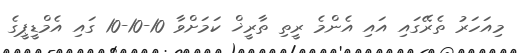
މިއަހަރު ތެރޭގައި އައި އެންމެ ރީތި ތާރީޚް ކަމަށްވާ 10-10-10 ގައި އެމްޑީޕީގެ